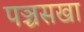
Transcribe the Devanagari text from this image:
पञ्चसखा